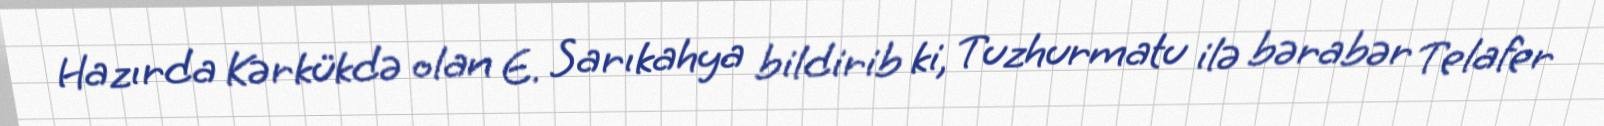
Hazırda Kərkükdə olan E. Sarıkahya bildirib ki, Tuzhurmatu ilə bərabər Telafer